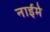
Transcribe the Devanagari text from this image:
नाईमे